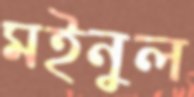
মইনুল